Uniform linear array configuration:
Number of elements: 64
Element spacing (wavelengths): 0.5
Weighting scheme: cosine
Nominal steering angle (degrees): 30
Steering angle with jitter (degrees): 30.36
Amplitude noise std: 0.05
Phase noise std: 0.05

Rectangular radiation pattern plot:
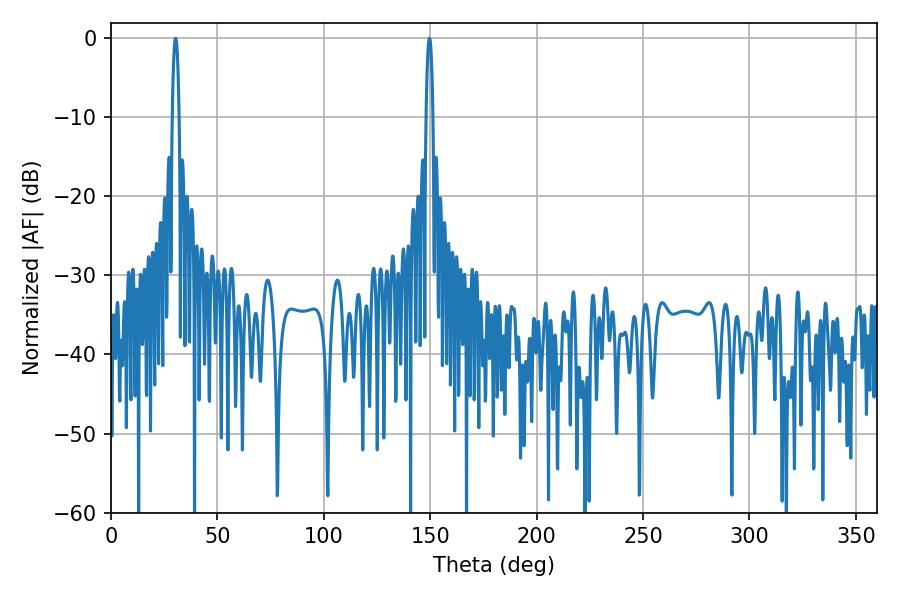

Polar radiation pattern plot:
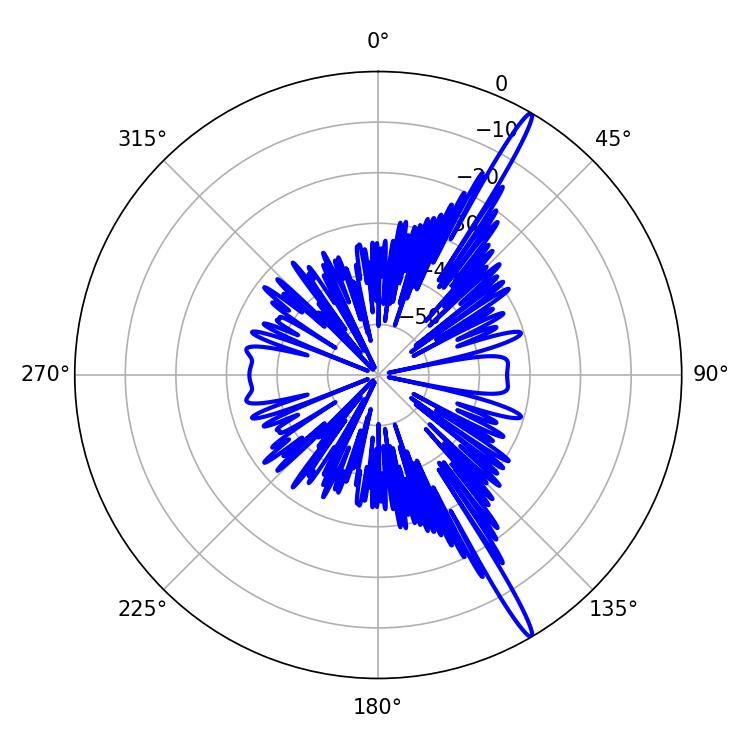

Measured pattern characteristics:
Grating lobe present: FALSE
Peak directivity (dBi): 17.337
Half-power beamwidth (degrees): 1.8
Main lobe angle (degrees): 30.42